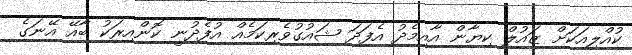
ކުއްލިއަކަށް ޒައުލް ކިޔާން އާއިމެދު އެފަދަ ޝައުގުވެރިކަމެއް އުފެދުނީ ކޮންއިރަކު ބާއޭ އޭނަގެ